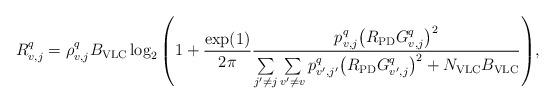
LaTeX: \begin{align*}R_{v,j}^q={ \rho_{v,j}^q B_{\rm VLC} \log_2 \left({ 1 + {\frac{\exp(1)}{2\pi}} \frac{p_{v,j}^{q} {\left( {{R_{\rm{PD}}}{G_{v,j}^{q}}} \right)}^2} {\sum\limits_{j'\ne j} {\sum\limits_{v'\ne v} p_{v',j'}^{q} {\left( {{R_{\rm{PD}}}{G_{v',j}^{q}}} \right)}^2 } + N_{\rm VLC}B_{\rm VLC}} } \right)},\end{align*}